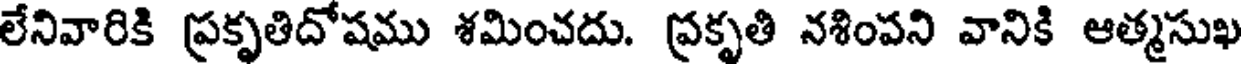
లేనివారికి ప్రకృతిదోషము శమించదు. ప్రకృతి నశింపని వానికి ఆత్మసుఖ